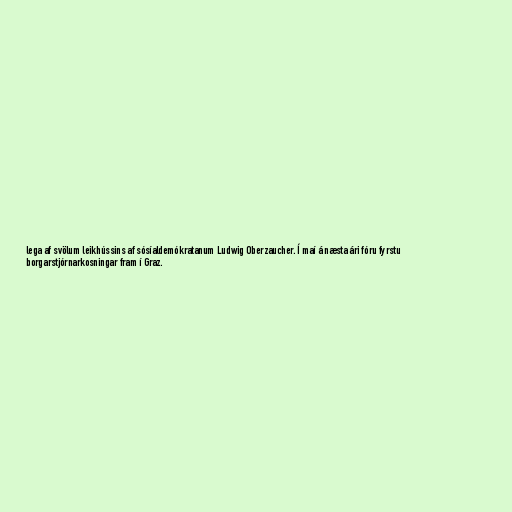
lega af svölum leikhússins af sósíaldemókratanum Ludwig Oberzaucher. Í maí á næsta ári fóru fyrstu
borgarstjórnarkosningar fram í Graz.